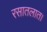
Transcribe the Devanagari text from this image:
रसातलात।